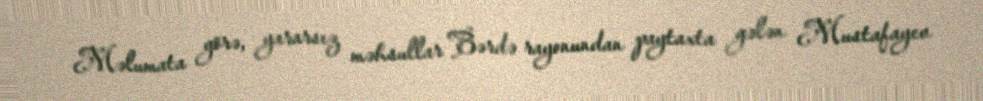
Məlumata görə, yararsız məhsullar Bərdə rayonundan paytaxta gələn Mustafayev